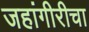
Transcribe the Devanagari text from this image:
जहांगीरीचा